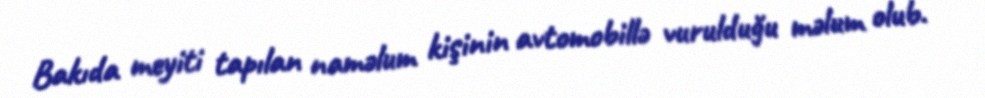
Bakıda meyiti tapılan naməlum kişinin avtomobillə vurulduğu məlum olub.